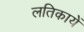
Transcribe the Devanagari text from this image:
लतिकायें